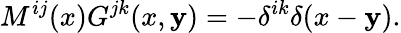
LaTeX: M^{ij}(x)G^{jk}(x,\mathbf{y})=-\delta^{ik}\delta(x-\mathbf{y}).